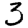
Digit: 3